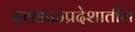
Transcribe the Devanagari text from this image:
दगडाळप्रदेशातील